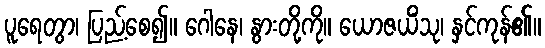
ပူရေတွာ၊ ပြည့်စေ၍။ ဂေါနေ၊ နွားတို့ကို။ ယောဇယိံသု၊ နှင်ကုန်၏။